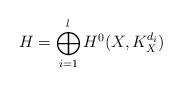
LaTeX: \begin{align*}H = \bigoplus_{i=1}^l H^{0}(X,K_X^{d_i})\end{align*}